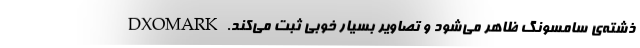
ذشته‌ی سامسونگ ظاهر می‌شود و تصاویر بسیار خوبی ثبت می‌کند. DXOMARK